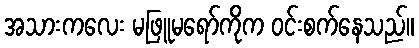
အသားကလေး မဖြူမရော်ကိုက ဝင်းစက်နေသည်။